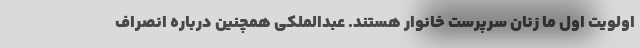
اولویت اول ما زنان سرپرست خانوار هستند. عبدالملکی همچنین درباره انصراف